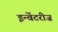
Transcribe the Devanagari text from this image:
इन्वेंटरीज़